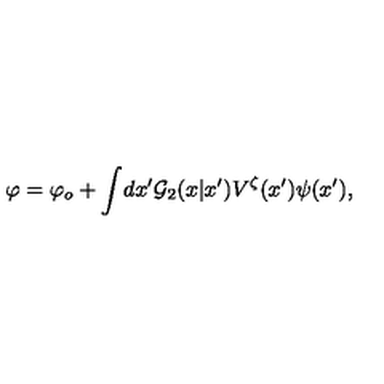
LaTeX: \varphi = \varphi _ { o } + \int \! d x ^ { \prime } { \cal G } _ { 2 } ( x | x ^ { \prime } ) V ^ { \zeta } ( x ^ { \prime } ) \psi ( x ^ { \prime } ) ,